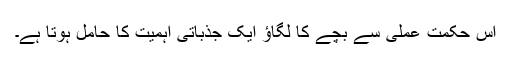
اس حکمت عملی سے بچے کا لگاؤ ایک جذباتی اہمیت کا حامل ہوتا ہے۔